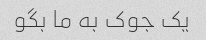
یک جوک به ما بگو